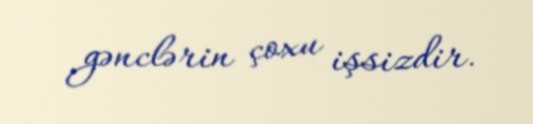
gənclərin çoxu işsizdir.